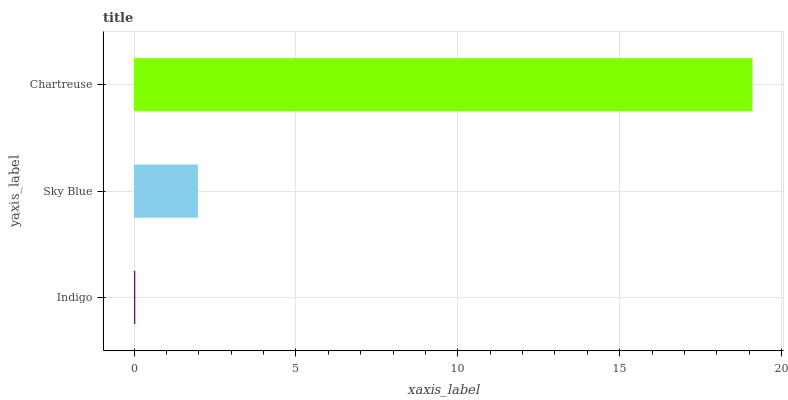
| yaxis_label | bars |
 | --- | --- |
 | Indigo | 0.0365 |
 | Sky Blue | 1.97 |
 | Chartreuse | 19.1 |